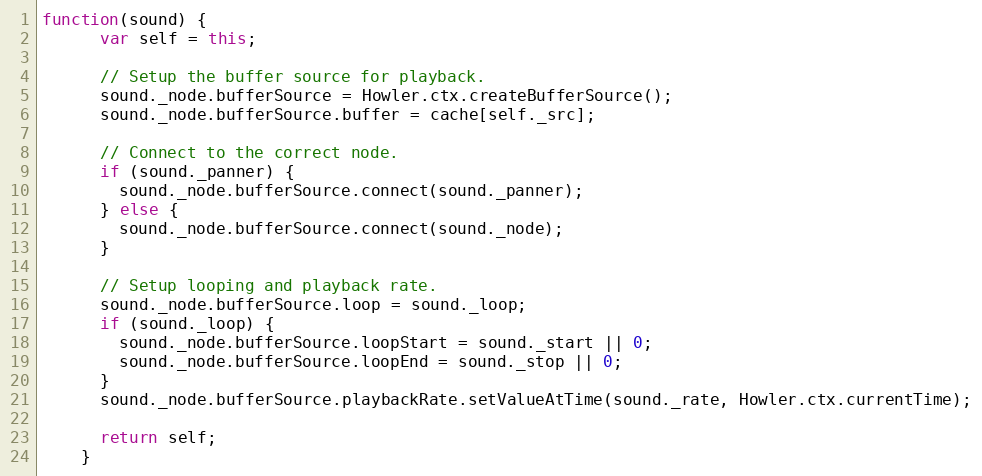
Language: JavaScript
function(sound) {
      var self = this;

      // Setup the buffer source for playback.
      sound._node.bufferSource = Howler.ctx.createBufferSource();
      sound._node.bufferSource.buffer = cache[self._src];

      // Connect to the correct node.
      if (sound._panner) {
        sound._node.bufferSource.connect(sound._panner);
      } else {
        sound._node.bufferSource.connect(sound._node);
      }

      // Setup looping and playback rate.
      sound._node.bufferSource.loop = sound._loop;
      if (sound._loop) {
        sound._node.bufferSource.loopStart = sound._start || 0;
        sound._node.bufferSource.loopEnd = sound._stop || 0;
      }
      sound._node.bufferSource.playbackRate.setValueAtTime(sound._rate, Howler.ctx.currentTime);

      return self;
    }